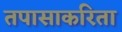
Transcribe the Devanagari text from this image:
तपासाकरिता